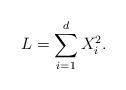
LaTeX: \begin{align*}L= \sum_{i=1}^d X_i^2.\end{align*}